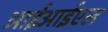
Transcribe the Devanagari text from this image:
आईआईएल